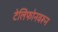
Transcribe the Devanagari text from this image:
टेलिफोनवरून